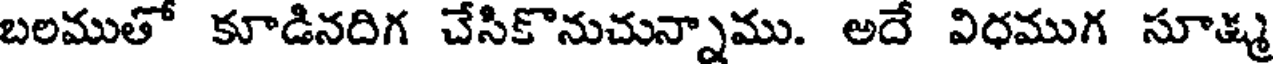
బలముతో కూడినదిగ చేసికొనుచున్నాము. అదే విధముగ సూ్మ